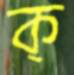
ক্